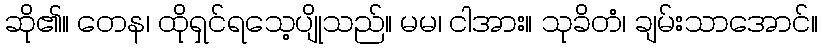
ဆို၏။ တေန၊ ထိုရှင်ရသေ့ပျိုသည်။ မမ၊ ငါအား။ သုခိတံ၊ ချမ်းသာအောင်။